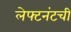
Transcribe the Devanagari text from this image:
लेफ्टनंटची